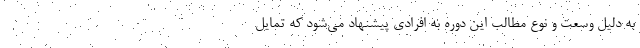
به دلیل وسعت و نوع مطالب این دوره به افرادی پیشنهاد می‌شود که تمایل